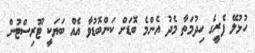
ހުޅުލޭ ފެރީގެ ހިދުމަތާ މެދު އެންމެ ބޮޑަށް ކަންބޮޑުވާ އެއް ބަޔަކީ ޓޫރިސްޓުން